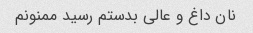
نان داغ و عالی بدستم رسید ممنونم